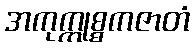
အကုက္ကုစ္စကဇာတံ